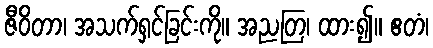
ဇီဝိတာ၊ အသက်ရှင်ခြင်းကို။ အညတြ၊ ထား၍။ ဧတံ၊